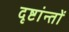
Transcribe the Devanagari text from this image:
दृष्टांन्तों